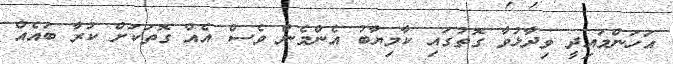
އަހަންމައިދީ ވިދާޅުވާ ގޮތުގައި ކާމިޔާބު އެންމެން ވެސް އެއް ގޮތަކަށް ކުރާ ބައެއް